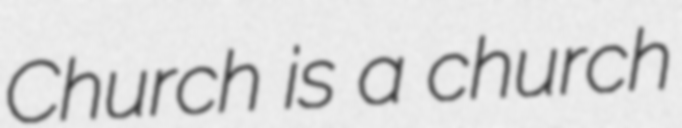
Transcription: Church is a church